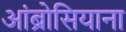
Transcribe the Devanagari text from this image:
आंब्रोसियाना